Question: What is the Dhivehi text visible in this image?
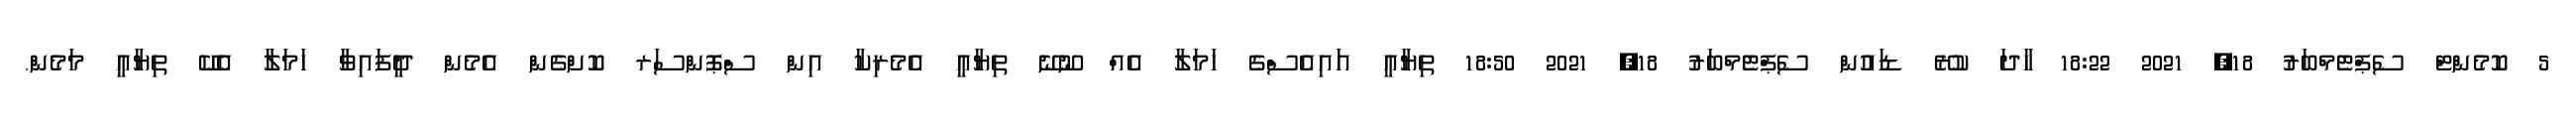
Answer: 5 ކޮމެންޓް ސެޕްޓެމްބަރު 18, 2021 18:22 ހާދަ ކުރޭ ޑައުން ސެޕްޓެމްބަރު 18, 2021 18:50 ތިޔާއީ އައިއެސްގެ ހަމަލާ އެއް ނޫނޭ ތިޔާއީ އެމެރިކާ އިން ސްޕޮންސަރ ކޮށްގެން އެމެން ދީފައިވާ ހަމަލާ އެކޭ ތިޔާއީ މަމެން.